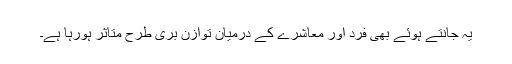
یہ جانتے ہوئے بھی فرد اور معاشرے کے درمیان توازن بری طرح متاثر ہورہا ہے۔